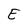
Character: E